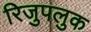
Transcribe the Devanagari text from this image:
रिजुपलुक